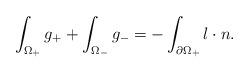
LaTeX: \begin{align*} \int_{\Omega_+} g_+ + \int_{\Omega_-} g_- = - \int_{\partial \Omega_+} l \cdot n. \end{align*}